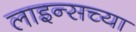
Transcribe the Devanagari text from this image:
लाइन्सच्या